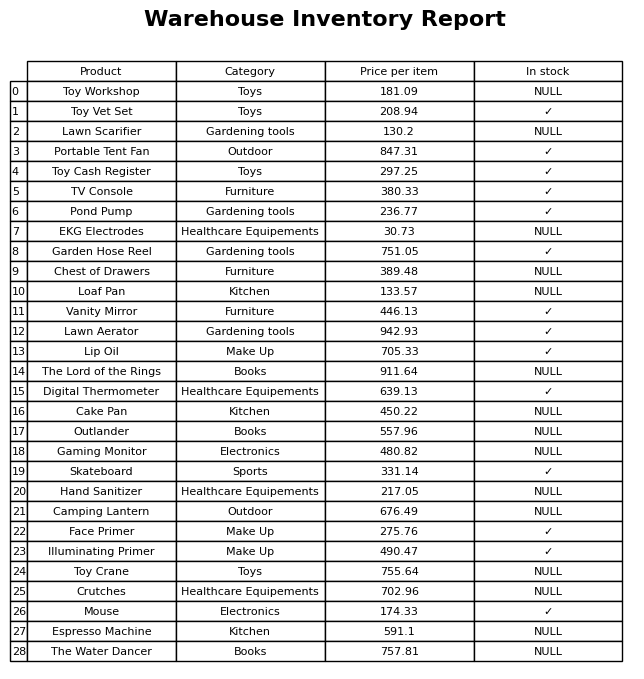
question: Is the The Lord of the Rings in stock?
answer: NULL